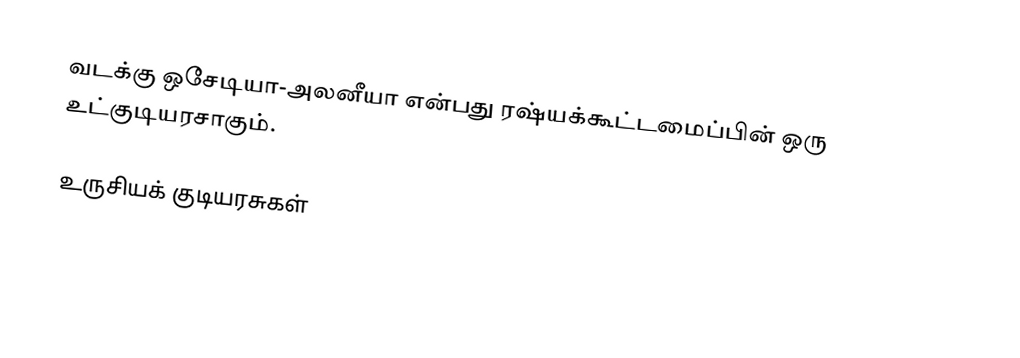
வடக்கு ஒசேடியா-அலனீயா என்பது ரஷ்யக்கூட்டமைப்பின் ஒரு உட்குடியரசாகும்.

உருசியக் குடியரசுகள்